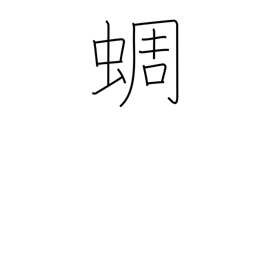
Meaning: clear-toned cicada